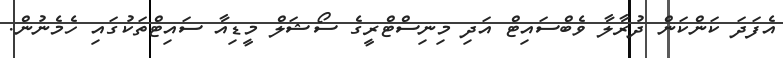
އެފަދަ ކަންކަން ދުރާލާ ވެބްސައިޓް އަދި މިނިސްޓްރީގެ ސޯޝަލް މީޑިއާ ސައިޓްތަކުގައި ހެމެނުން.